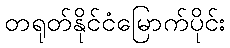
တရုတ်နိုင်ငံမြောက်ပိုင်း